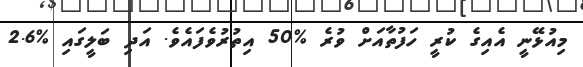
މިއުޅޭނީ އެއިގެ ކުރީ ހަފުތާއަށް ވުރެ %50 އިތުރުވެފައެވެ. އަދި ބަލީގައި %2.6